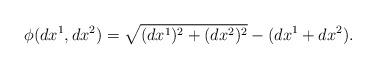
LaTeX: \begin{align*} \phi(dx^1,dx^2)=\sqrt{(dx^1)^2+(dx^2)^2}-(dx^1+dx^2 ). \end{align*}